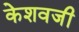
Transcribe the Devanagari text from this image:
केशवजी